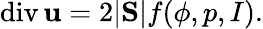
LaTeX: \mathrm{div}\, {\mathbf u}=2|\mathrm{\mathbf S}|f(\phi,p,I).